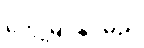
တွေ့မြင်နိုင်မည်